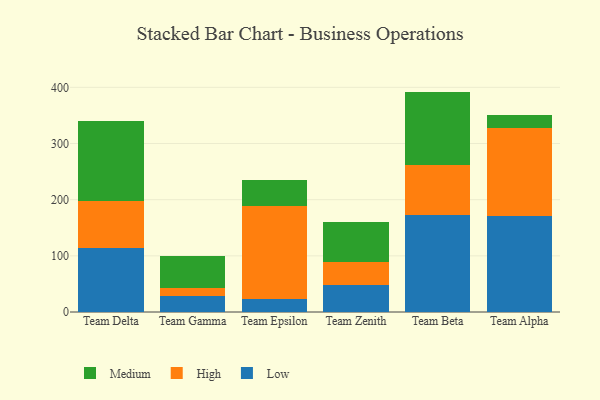
{"axis": {"x": "Team", "y": "Production Output"}, "legend": ["High", "Low", "Medium"], "data": [{"x": "Team Delta", "y": 113.7, "type": "Low"}, {"x": "Team Delta", "y": 83.7, "type": "High"}, {"x": "Team Delta", "y": 141.9, "type": "Medium"}, {"x": "Team Gamma", "y": 29.0, "type": "Low"}, {"x": "Team Gamma", "y": 13.3, "type": "High"}, {"x": "Team Gamma", "y": 57.7, "type": "Medium"}, {"x": "Team Epsilon", "y": 24.0, "type": "Low"}, {"x": "Team Epsilon", "y": 164.4, "type": "High"}, {"x": "Team Epsilon", "y": 46.5, "type": "Medium"}, {"x": "Team Zenith", "y": 47.3, "type": "Low"}, {"x": "Team Zenith", "y": 41.3, "type": "High"}, {"x": "Team Zenith", "y": 71.7, "type": "Medium"}, {"x": "Team Beta", "y": 172.9, "type": "Low"}, {"x": "Team Beta", "y": 89.3, "type": "High"}, {"x": "Team Beta", "y": 130.2, "type": "Medium"}, {"x": "Team Alpha", "y": 171.7, "type": "Low"}, {"x": "Team Alpha", "y": 155.4, "type": "High"}, {"x": "Team Alpha", "y": 23.1, "type": "Medium"}]}